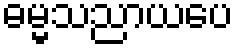
ဓမ္မသညာယပေ